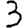
Digit: 3